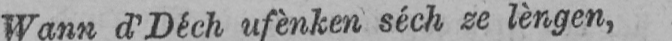
Wann d’Déch ufènken séch ze lèngen,